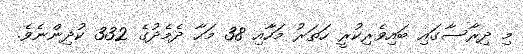
މި ދިރާސާގައި ބައިވެރިކުރީ ހަތަރު މަހާއި 38 މަހާ ދެމެދުގެ 332 ކުދިންނެވެ.